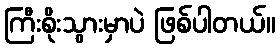
ကြီးစိုးသွားမှာပဲ ဖြစ်ပါတယ်။